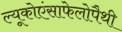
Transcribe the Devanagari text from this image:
ल्यूकोएंसाफेलोपैथी